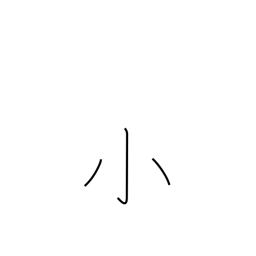
Meaning: little